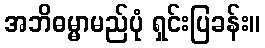
အဘိဓမ္မာမည်ပုံ ရှင်းပြခန်း။